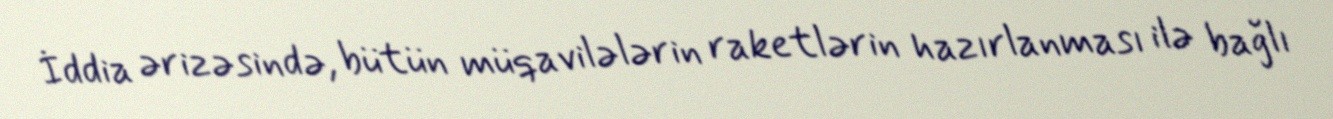
İddia ərizəsində, bütün müqavilələrin raketlərin hazırlanması ilə bağlı